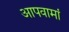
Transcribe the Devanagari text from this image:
आपवामां